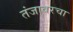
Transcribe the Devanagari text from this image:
तंजावरचा